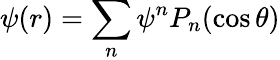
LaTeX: \psi(r)=\sum_{n}\psi^{n}P_{n}(\cos\theta)